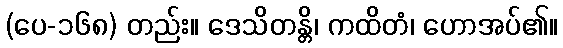
(ပေ-၁၆၈) တည်း။ ဒေသိတန္တိ၊ ကထိတံ၊ ဟောအပ်၏။